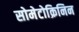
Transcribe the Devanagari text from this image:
सोमेटोक्रिनिन